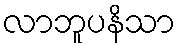
လာဘူပနိသာ